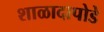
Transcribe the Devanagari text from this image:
शाळादापोडे